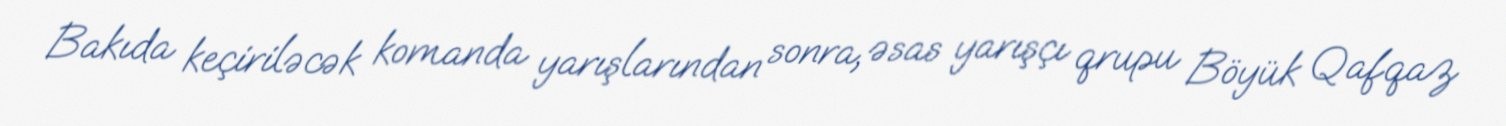
Bakıda keçiriləcək komanda yarışlarından sonra, əsas yarışçı qrupu Böyük Qafqaz